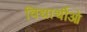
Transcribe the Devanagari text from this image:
विद्यार्थीओ